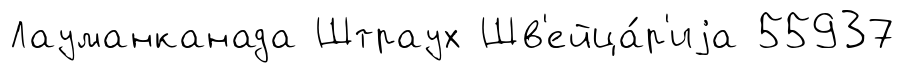
Лауманканада Штраух Шв'ейца́р'иjа 55937